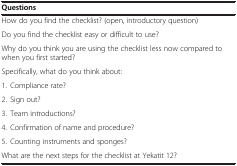
<table><thead><tr><td colspan="2"><b>Questions</b></td></tr></thead><tbody><tr><td colspan="2">How do you find the checklist? (open, introductory question)</td></tr><tr><td colspan="2">Do you find the checklist easy or difficult to use?</td></tr><tr><td colspan="2">Why do you think you are using the checklist less now compared to when you first started?</td></tr><tr><td colspan="2">Specifically, what do you think about:</td></tr><tr><td>1. Compliance rate?</td><td> </td></tr><tr><td>2. Sign out?</td><td> </td></tr><tr><td>3. Team introductions?</td><td> </td></tr><tr><td>4. Confirmation of name and procedure?</td><td> </td></tr><tr><td>5. Counting instruments and sponges?</td><td> </td></tr><tr><td colspan="2">What are the next steps for the checklist at Yekatit 12?</td></tr></tbody></table>